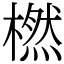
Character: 橪